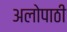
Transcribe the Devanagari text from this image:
अलोपाठी